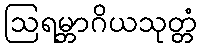
ဩရမ္ဘာဂိယသုတ္တံ